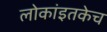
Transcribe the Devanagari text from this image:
लोकांइतकेच